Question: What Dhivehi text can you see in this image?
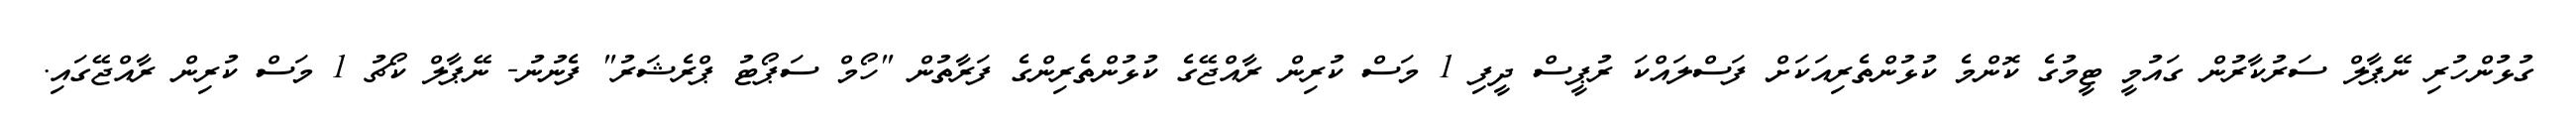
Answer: ގުޅުންހުރި ނޭޕާލް ސަރުކާރުން ގައުމީ ޓީމުގެ ކޮންމެ ކުޅުންތެރިއަކަށް ފަސްލައްކަ ރުޕީސް ދީފި 1 މަސް ކުރިން ރާއްޖޭގެ ކުޅުންތެރިންގެ ފަރާތުން "ހޯމް ސަޕޯޓު ޕްރެޝަރު" ފެނުނު- ނޭޕާލް ކޯޗު 1 މަސް ކުރިން ރާއްޖޭގައި.